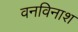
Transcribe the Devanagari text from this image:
वनविनाश